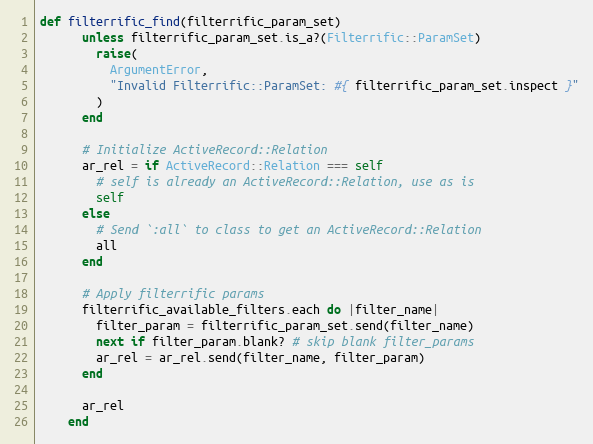
Language: Ruby
def filterrific_find(filterrific_param_set)
      unless filterrific_param_set.is_a?(Filterrific::ParamSet)
        raise(
          ArgumentError,
          "Invalid Filterrific::ParamSet: #{ filterrific_param_set.inspect }"
        )
      end

      # Initialize ActiveRecord::Relation
      ar_rel = if ActiveRecord::Relation === self
        # self is already an ActiveRecord::Relation, use as is
        self
      else
        # Send `:all` to class to get an ActiveRecord::Relation
        all
      end

      # Apply filterrific params
      filterrific_available_filters.each do |filter_name|
        filter_param = filterrific_param_set.send(filter_name)
        next if filter_param.blank? # skip blank filter_params
        ar_rel = ar_rel.send(filter_name, filter_param)
      end

      ar_rel
    end